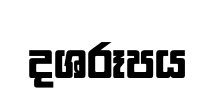
දශරූපය